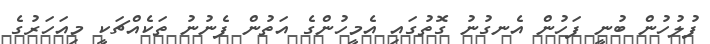
ފުލުހުން ބުނީ ފަހުން އެނގުނު ގޮތުގައި އެމީހުންގެ އަތުން ފެނުނު ތަކެއްޗަކީ މިއަހަރުގެ